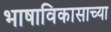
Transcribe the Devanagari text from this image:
भाषाविकासाच्या